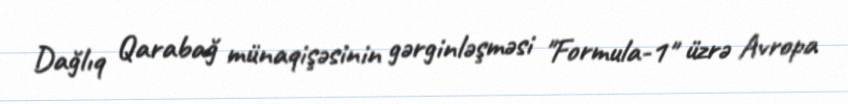
Dağlıq Qarabağ münaqişəsinin gərginləşməsi "Formula-1" üzrə Avropa